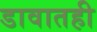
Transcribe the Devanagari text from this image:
डावातही